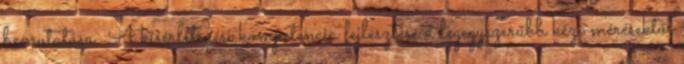
bemutatása. A kísérletezési kompetencia fejlesztése a legegyszerűbb kézi mérésektől